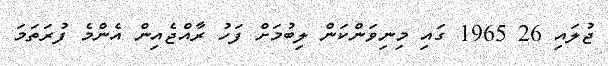
ޖުލައި 26 1965 ގައި މިނިވަންކަން ލިބުމަށް ފަހު ރާއްޖެއިން އެންމެ ފުރަތަމަ